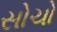
સોચો